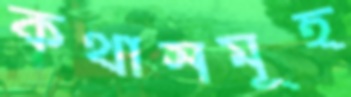
কথাসমূহ